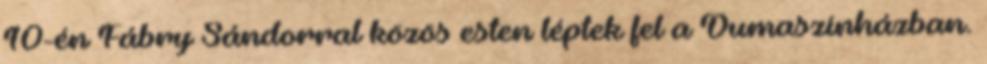
10-én Fábry Sándorral közös esten léptek fel a Dumaszínházban.